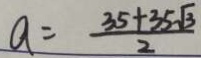
a = \frac { 3 5 + 3 5 \sqrt { 3 } } { 2 }